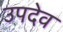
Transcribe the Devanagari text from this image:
उपदेव